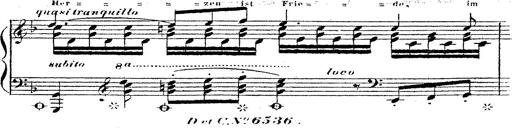
Title: 12 Lieder von Franz Schubert
Composer: Franz Liszt